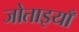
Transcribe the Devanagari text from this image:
जोताइयाँ